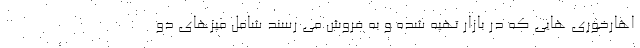
اهارخوری هایی که در بازار تهیه شده و به فروش می رسند شامل میزهای دو